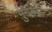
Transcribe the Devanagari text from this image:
मुगल्स